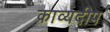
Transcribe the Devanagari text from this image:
काव्यदीप